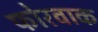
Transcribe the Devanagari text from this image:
फोरवाक